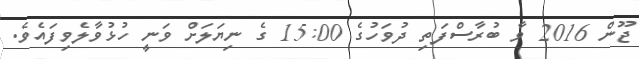
ޖޫން 2016 ވާ ބުރާސްފަތި ދުވަހުގެ 15:00 ގެ ނިޔަލަށް ވަނީ ހުޅުވާލެވިފައެވެ.